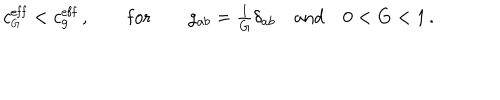
c _ { \scriptscriptstyle G } ^ { \mathrm { e f f } } < c _ { g } ^ { \mathrm { e f f } } \, , \qquad \mathrm { f o r } \qquad g _ { a b } = { \textstyle \frac { 1 } { G } } \delta _ { a b } \quad \mathrm { a n d } \quad 0 < G < 1 \, .